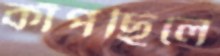
কাঁপছিলে